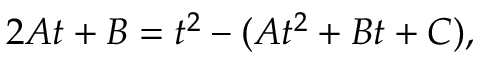
2 A t + B = t ^ { 2 } - ( A t ^ { 2 } + B t + C ) ,